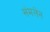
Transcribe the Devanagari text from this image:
संमलेन